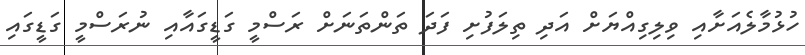
ހުޅުމާލެއަށާއި ވިލިގިއްޔަށް އަދި ތިލަފުށި ފަދަ ތަންތަނަށް ރަސްމީ ގަޑީގައާއި ނުރަސްމީ ގަޑީގައި